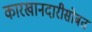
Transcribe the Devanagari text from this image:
कारखानदारीसोबत